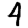
Digit: 4